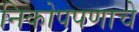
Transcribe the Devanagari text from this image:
निकोपपणाचे